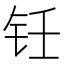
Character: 𬬯